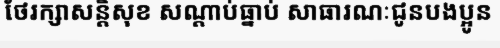
ថែរក្សាសន្តិសុខ សណ្តាប់ធ្នាប់ សាធារណៈជូនបងប្អូន